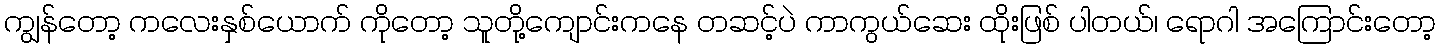
ကျွန်တော့ ကလေးနှစ်ယောက် ကိုတော့ သူတို့ကျောင်းကနေ တဆင့်ပဲ ကာကွယ်ဆေး ထိုးဖြစ် ပါတယ်၊ ရောဂါ အကြောင်းတော့